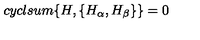
c y c l s u m \{ H , \{ H _ { \alpha } , H _ { \beta } \} \} = 0